Scottish Certificate of Education, 1962
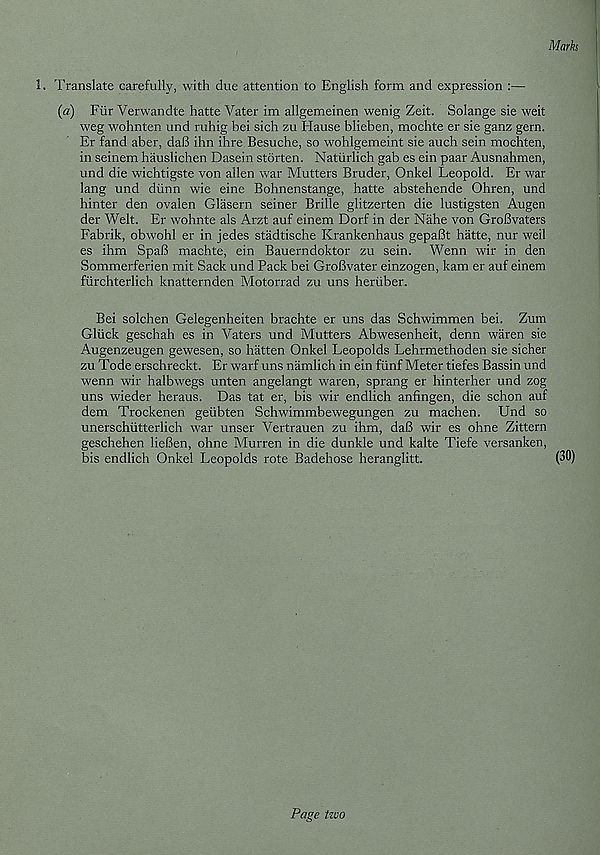
Marks
1. Translate carefully, with due attention to English form and expression :—
(a) FiirVerwandte hatte Vater im allgemeinen wenig Zeit. Solange sie weit
weg wohnten und ruhig bei sich zu Hause blieben, mochte er sie ganz gern.
Er fand aber, da(3 ihn ihre Besuche, so wohlgemeint sie auch sein mochten,
in seinem hauslichen Dasein storten. Natiirlich gab es ein paar Ausnahmen,
und die wichtigste von alien war Mutters Bruder, Onkel Leopold. Er war
lang und diinn wie eine Bohnenstange, hatte abstehende Ohren, und
hinter den ovalen Glasern seiner Brille glitzerten die lustigsten Augen
der Welt. Er wohnte als Arzt auf einem Dorf in der Nahe von GroBvaters
Fabrik, obwohl er in jedes stadtische Krankenhaus gepaBt hatte, nur weil
es ihm SpaB machte, ein Bauerndoktor zu sein. Wenn wir in den
Sommerferien mit Sack und Pack bei GroBvater einzogen, kam er auf einem
fiirchterlich knatternden Motorrad zu uns heriiber.
Bei solchen Gelegenheiten brachte er uns das Schwimmen bei. Zum
Gluck geschah es in Vaters und Mutters Abwesenheit, denn waren sie
Augenzeugen gewesen, so batten Onkel Leopolds Lehrmethoden sie sicher
zu Tode erschreckt. Er warf uns namlich in ein fiinf Meter tiefes Bassin und
wenn wir halbwegs unten angelangt waren, sprang er hinterher und zog
uns wieder heraus. Das tat er, bis wir endlich anfingen, die schon auf
dem Trockenen geiibten Schwimmbewegungen zu machen. Und so
unerschiitterlich war unser Vertrauen zu ihm, daB wir es ohne Zittern
geschehen lieBen, ohne Murren in die dunkle und kalte Tiefe versanken,
bis endlich Onkel Leopolds rote Badehose heranglitt.
(30)